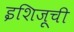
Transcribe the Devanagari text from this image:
इशिज़ूची